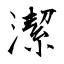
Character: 潔